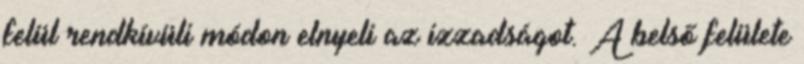
felül rendkívüli módon elnyeli az izzadságot. A belső felülete